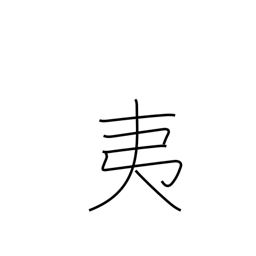
Meaning: barbarian